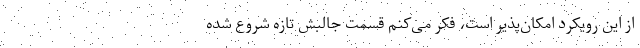
از این رویکرد امکان‌پذیر است، فکر می‌کنم قسمت جالبش تازه شروع شده